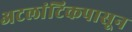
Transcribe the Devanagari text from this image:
अटलांटिकपासून